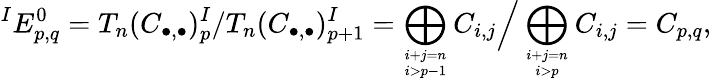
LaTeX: {}^{I}E_{p,q}^{0}=T_{n}(C_{\bullet,\bullet})_{p}^{I}/T_{n}(C_{\bullet,\bullet})_{p+1}^{I}=\bigoplus_{i+j=n\atop i>p-1}C_{i,j}{\Big/}\bigoplus_{i+j=n\atop i>p}C_{i,j}=C_{p,q},